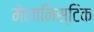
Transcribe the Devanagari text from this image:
मेलानिस्टिक